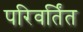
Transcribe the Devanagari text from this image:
परिवर्तिंत